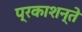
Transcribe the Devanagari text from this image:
प्रकाशन्ते